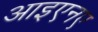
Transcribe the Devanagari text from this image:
आइएनए